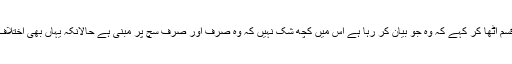
کون ہے جو ربِ عظیم کی قسم اٹھا کر کہے کہ وہ جو بیان کر رہا ہے اس میں کچھ شک نہیں کہ وہ صرف اور صرف سچ پر مبنی ہے حالانکہ یہاں بھی اختلافِ رائے کا حق موجود ہو گا۔